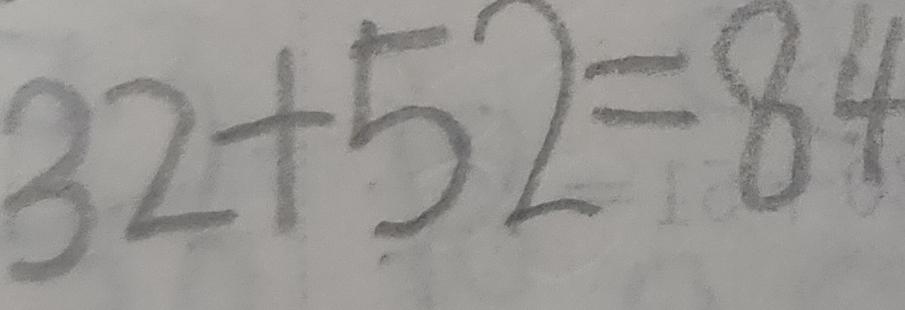
3 2 + 5 2 = 8 4